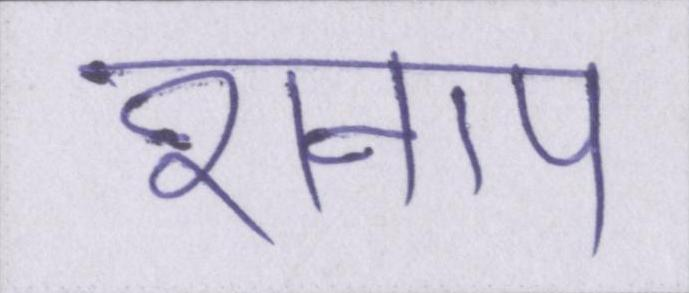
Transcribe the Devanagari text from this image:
शनाप